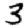
Digit: 3